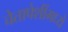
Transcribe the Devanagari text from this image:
चेतापेशींमध्ये